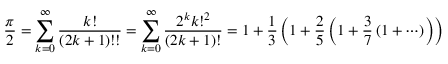
{ \frac { \pi } { 2 } } = \sum _ { k = 0 } ^ { \infty } { \frac { k ! } { ( 2 k + 1 ) ! ! } } = \sum _ { k = 0 } ^ { \infty } { \frac { 2 ^ { k } k ! ^ { 2 } } { ( 2 k + 1 ) ! } } = 1 + { \frac { 1 } { 3 } } \left( 1 + { \frac { 2 } { 5 } } \left( 1 + { \frac { 3 } { 7 } } \left( 1 + \cdots \right) \right) \right)